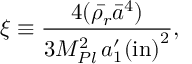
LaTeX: \xi \equiv \frac { 4 ( \bar { \rho _ { r } } \bar { a } ^ { 4 } ) } { 3 M _ { P l } ^ { 2 } \, { { a } _ { 1 } ^ { \prime } ( \mathrm { i n } ) } ^ { 2 } } ,